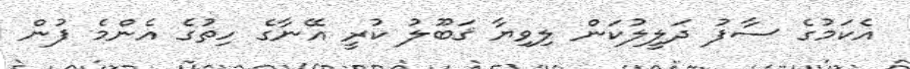
އެކަމުގެ ސާފު ދަލީލުކަން ލިވިޔާ ޤަބޫލު ކުރީ އޭނާގެ ހިތުގެ އެންމެ ފުން